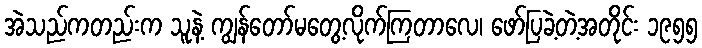
အဲသည်ကတည်းက သူနဲ့ ကျွန်တော်မတွေ့လိုက်ကြတာလေ၊ ဖော်ပြခဲ့တဲ့အတိုင်း ၁၉၅၅